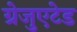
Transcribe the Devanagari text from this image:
ग्रेजुएटेड